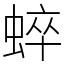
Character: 蜶